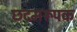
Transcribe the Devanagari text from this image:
छदमरूपक